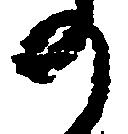
の